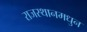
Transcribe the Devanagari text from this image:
राजस्थानमधुन